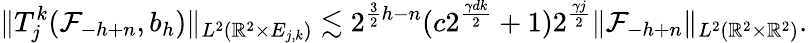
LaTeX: \| T_{j}^{k}(\mathcal{F}_{-h+n},b_{h})\| _{L^{2}(\mathbb{R}^{2}\times E_{j,k})}\lesssim 2^{\frac{3}{2}h-n}(c2^{\frac{\gamma dk}{2}}+1)2^{\frac{\gamma j}{2}}\| \mathcal{F}_{-h+n}\| _{L^{2}(\mathbb{R}^{2}\times\mathbb{R}^{2})}.